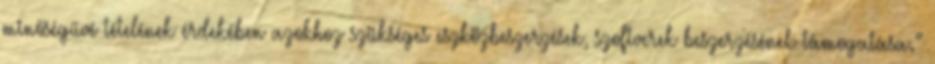
minőségűvé tételének érdekében azokhoz szükséges eszközbeszerzések, szoftverek beszerzésének támogatása.”